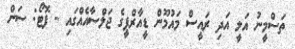
ތަސްމީނު އަލީ އަދި ރައީސް މައުމޫން ޑީއާރްޕީގެ ޖަލްސާއެއްގައި - ފޮޓޯ: ސަން